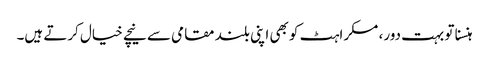
ہنسنا تو بہت دور، مسکراہٹ کو بھی اپنی بلند مقامی سے نیچے خیال کرتے ہیں۔